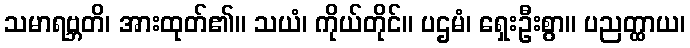
သမာရဗ္ဘတိ၊ အားထုတ်၏။ သယံ၊ ကိုယ်တိုင်။ ပဌမံ၊ ရှေးဦးစွာ။ ပညတ္ထာယ၊